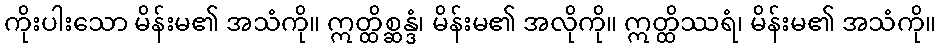
ကိုးပါးသော မိန်းမ၏ အသံကို။ ဣတ္ထိစ္ဆန္ဒံ၊ မိန်းမ၏ အလိုကို။ ဣတ္ထိဿရံ၊ မိန်းမ၏ အသံကို။